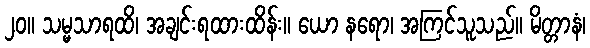
၂၀။ သမ္မသာရထိ၊ အချင်းရထားထိန်း။ ယော နရော၊ အကြင်သူသည်။ မိတ္တာနံ၊